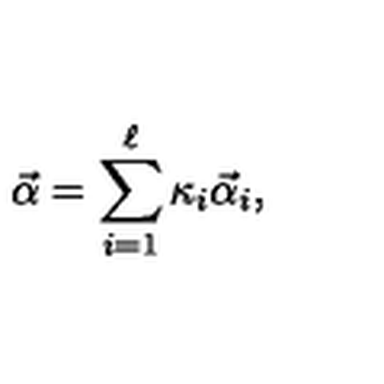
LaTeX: \vec { \alpha } = \sum _ { i = 1 } ^ { \ell } { \kappa } _ { i } \vec { \alpha } _ { i } ,